Medical and sanitary report of the native army of Bengal for the year
Year: 1877
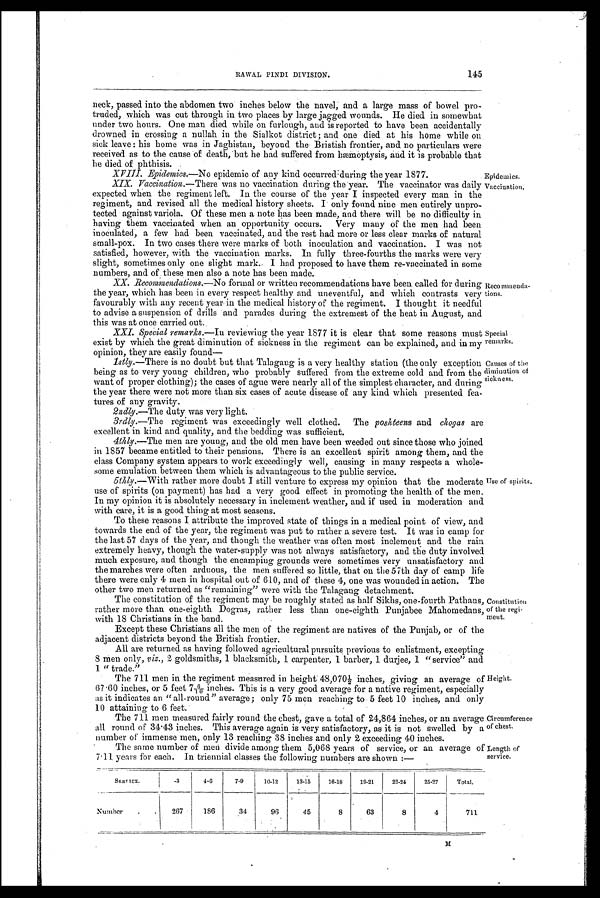
Circumference
of chest.
Length of
service.
Special
remarks.
Causes of the
diminution of
sickness.
RAWAL PINDI DIVISION.
145
neck, passed into the abdomen two inches below the navel, and a large mass of bowel pro-
truded, which was cut through in two places by large jagged wounds. He died in somewhat
under two hours. One man died while on furlough, and is reported to have been accidentally
drowned in crossing a nullah in the Sialkot district ; and one died at his home while on
sick leave : his home was in Jaghistan, beyond the Bristish frontier, and no particulars were
received as to the cause of death; but he had suffered from hæmoptysis, and it is probable that
he died of phthisis.
XVIII. Epidemics.—No epidemic of any kind occurred during the year 1877.
XIX. Vaccination.— There was no vaccination during the year. The vaccinator was daily
expected when the regiment left. In the course of the year I inspected every man in the
regiment, and revised all the medical history sheets. I only found nine men entirely unpro-
tected against variola. Of these men a note has been made, and there will be no difficulty in
having them vaccinated when an opportunity occurs. Very many of the men had been
inoculated, a few had been vaccinated, and the rest had more or less clear marks of natural
small-pox. In two cases there were marks of both inoculation and vaccination. I was not
satisfied, however, with the vaccination marks. In fully three-fourths the marks were very
slight, sometimes only one slight mark. I had proposed to have them re-vaccinated in some
numbers, and of these men also a note has been made.
X X . R e c o m m e n d a t i o n s . —
N o
f o r m a l o r w r i t t e n r e c o m m e n d a t i o n s h a v e b e e n c a l l e d f o r d u r i n g
the year, which has been in every respect healthy and uneventful, and which contrasts very
favourably with any recent year in the medical history of the regiment. I thought it needful
to advise a suspension of drills and parades during the extremest of the heat in August, and
this was at once carried out.
I.
XXI. Special remarks.—In reviewing the year 1877 it is clear that some reasons must
exist by which the great diminution of sickness in the regiment can be explained, and in my
opinion, they are easily found
—
1 s t l y .
— T h e r e i s n o d o u b t b u t t h a t T a l a a n g i s a v e r y h e a l t h y s t a t i o n ( t h e o n l y e x c e p t i o n
being as to very young children, who probably suffered from the extreme cold and from the
want of proper clothing); the cases of ague were nearly all of the simplest character, and during
the year there were not more than six cases of acute disease of any kind which presented fea-
tures of any gravity.
2ndly.—The duty was very light.
3rdly.—The regiment was exceedingly well clothed. The posheeens and ckogas are
excellent in kind and quality, and the bedding was sufficient.
4thly.—The men are young, and the old men have been weeded out since those who joined
in 1857 became entitled to their pensions. There is an excellent spirit among them, and the
class Company system appears to work exceedingly well, causing in many respects a whole-
some emulation between them which is advantageous to the public service.
5thly.—With rather more doubt I still venture to express my opinion that the moderate
use of spirits (on payment) has had a very good effect in promoting the health of the men.
In my opinion it is absolutely necessary in inclement weather, and if used in moderation and
with care, it is a good thing at most seasons.
To these reasons I attribute the improved state of things in a medical point of view, and
towards the end of the year, the regiment was put to rather severe test. It was in camp for
the last 57 days of the year, and though the weather was often most inclement and the rain
extremely heavy, though the water-supply was not always satisfactory, and the duty involved
much exposure, and though the encamping grounds were sometimes very unsatisfactory and
the marches were often arduous, the men suffered so little, that on the 57th day of camp life
there were only 4 men in hospital out of 610, and of these 4, one was wounded in action. The
other two men returned as "remaining" were with the Talagang detachment.
The constitution of the regiment may be roughly stated as half Sikhs, one-fourth Pathans,
rather more than one-eighth Dogras, rather less than one-eighth Punjabee Mahomedans,
with 18 Christians in the band.
Except these Christians all the men of the regiment are natives of the Punjab, or of the
adjacent districts beyond the British frontier.
All are returned as having followed agricultural pursuits previous to enlistment, excepting
8 men only, viz., 2 goldsmiths, 1 blacksmith, 1 carpenter, 1 barber, 1 durjee, 1 "service" and
1 " trade
. "
The 711 men in the regiment measured in height 48,070½ inches, giving an average of
67.60 inches, or 5 feet 7 6/10 i n c h e s . T h i s i s a v e r y g o o d a v e r a g e f o r a n a t i v e r e g i m e n t , e s p e c i a l l y
as it indicates an "all-round" average; only 75 men reaching to 5 feet 10 inches, and only
10 attaining to 6 feet.
The 711 men measured fairly round the chest, gave a total of 24,864 inches, or an average
all round of 34.43 inches. This average again is very satisfactory, as it is not swelled by a
number of immense men, only 13 reaching 38 inches and only 2 exceeding 40 inches.
The same number of men divide among them 5,068 years of service, or an average of
7.11 years for each. In triennial classes the following numbers are shown :—
Reco nun e Lida-
tions.
Use of spirits.
Constitution
of the regi-
ment.
Height.
Epidemics.
Vaccination.
SERVICE.
.3
4.6
7.9
10.12
13.15
16.18
19.21
22.24
25.27
Total.
Number
.
.
267
186
_
34
96
45
8
63
8
4
711
M